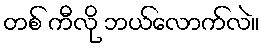
တစ် ကီလို ဘယ်လောက်လဲ။